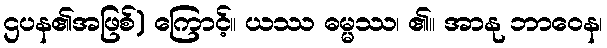
ဌပန၏အဖြစ်) ကြောင့်။ ယဿ ဓမ္မဿ၊ ၏။ အာနု ဘာဝေန၊